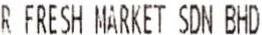
R FRESH MARKET SDN BHD